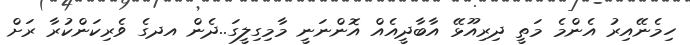
ހިމެނޭއިރު އެންމެ މަތީ ދިރިއޫޅޭ އާބާދީއެއް އޮންނަނީ މާމިގިލީގަ..ދެން އދގެ ވެރިކަންކުރާ ރަށް